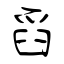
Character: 舀